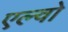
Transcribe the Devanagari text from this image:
एल्वो